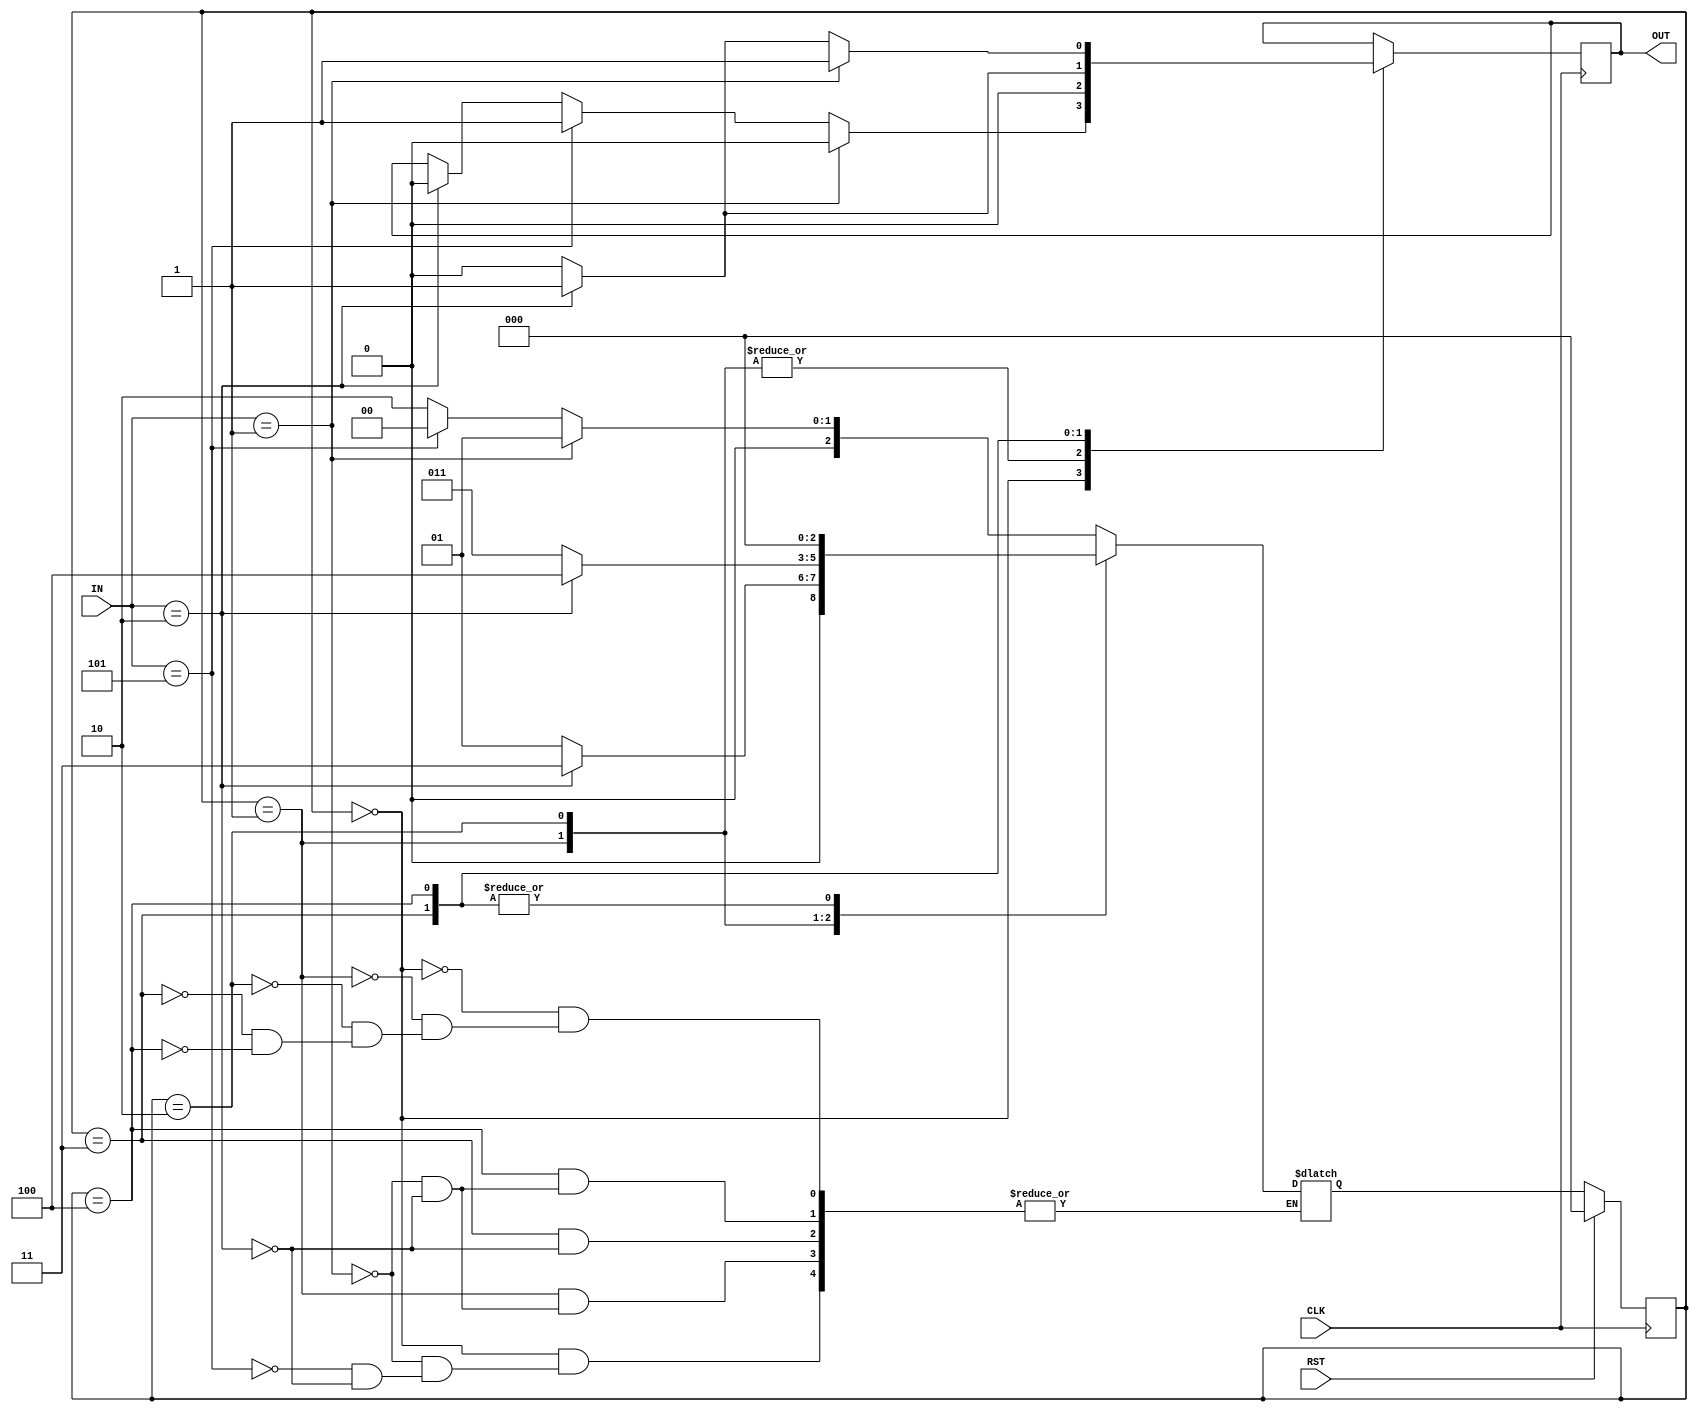
// Code your design here
// vending machine by mealy method of accepting  denominations of 1,2,5 rupees , if out is 1 then it finds 5 ruppe
module vending(
input CLK,RST,
  input [2:0] IN,
output reg OUT
);
  reg [2:0]state,nxt_state;
  localparam IDLE=3'D0, S1=3'D1, S2=3'D2, S3=3'D3, S4=3'D4;
  
  //present state
  always@(posedge CLK)
   begin
      if(RST==1)
        state<=0;
      else
        state<=nxt_state;
  end
  
  //updation of next state
  always@(state,IN)
    begin
      case(state)
        IDLE: begin
          if(IN==3'D1)
            nxt_state<=S1;
          else if(IN==3'D5)
            nxt_state<=IDLE;
          else if(IN==3'd2) 
            nxt_state<=S2;
         //  else 
           // nxt_state<=IDLE;
        end
        S1: begin
          if(IN==3'd2)
            nxt_state<=S3;
          else if(IN==3'd1)
            nxt_state<=S1;
         // else 
          //  nxt_state<=S1;
          
        end
        
          S2: begin
            if(IN==3'D2)
            nxt_state<=S4;
           else
              nxt_state<=S3;
          end
            
        
        S3: begin
          if(IN==3'd2)
            nxt_state<=IDLE;
         // else
            //nxt_state<=S3;
        end
        
           
        S4: begin
          if(IN==3'd1)
            nxt_state<=IDLE;
          else if(IN==3'd2)
            nxt_state<=IDLE;
         // else
            //nxt_state<=S4;
        end
      endcase
    end
  
        
        // assing the outputs now its a bit difficult (mealy)
  always@(posedge CLK)
    begin
      case(state)
        IDLE: begin
          if(IN==3'd1)
            OUT<= 0;
          else if(IN==3'd5)
            OUT<= 1;
          else if(IN==3'd2)
            OUT<= 0;
        end
        
        S1:begin
          if(IN==3'd2)
            OUT<=0;
          else if(IN==3'd1)
            OUT<=0;
          else
            OUT<=0;
        end
        
          S2: begin
            if(IN==3'D2)
          OUT<=0;
            else
            OUT<=0;
          end
           
           
        S3: begin
          if(IN==3'd2)
        OUT<=1;
          else
        OUT<=0;
        end
        
            
        S4: begin
          if(IN==3'd1)
             OUT<=1;
          else if(IN==3'd2)
             OUT<=1;
          else
              OUT<=0;
        end
      endcase
    end
endmodule